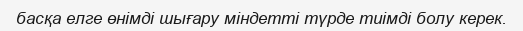
басқа елге өнімді шығару міндетті түрде тиімді болу керек.